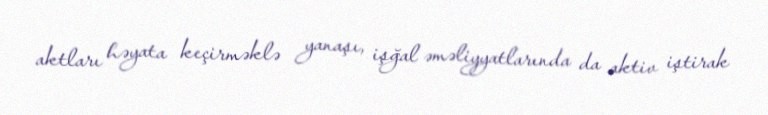
aktları həyata keçirməklə yanaşı, işğal əməliyyatlarında da aktiv iştirak